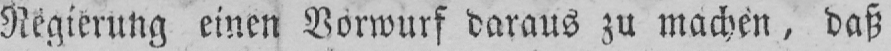
Regierung einen Vorwurf daraus zu machen, daß